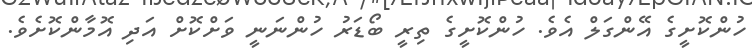
ހުންކޮށީގެ އޭންގަލް އެވެ. ހުންކޮށީގެ ތިރީ ބޯޑަރު ހުންނަނީ ވަށްކޮށް އަދި އޮމާންކޮށެވެ.